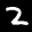
Label: 2